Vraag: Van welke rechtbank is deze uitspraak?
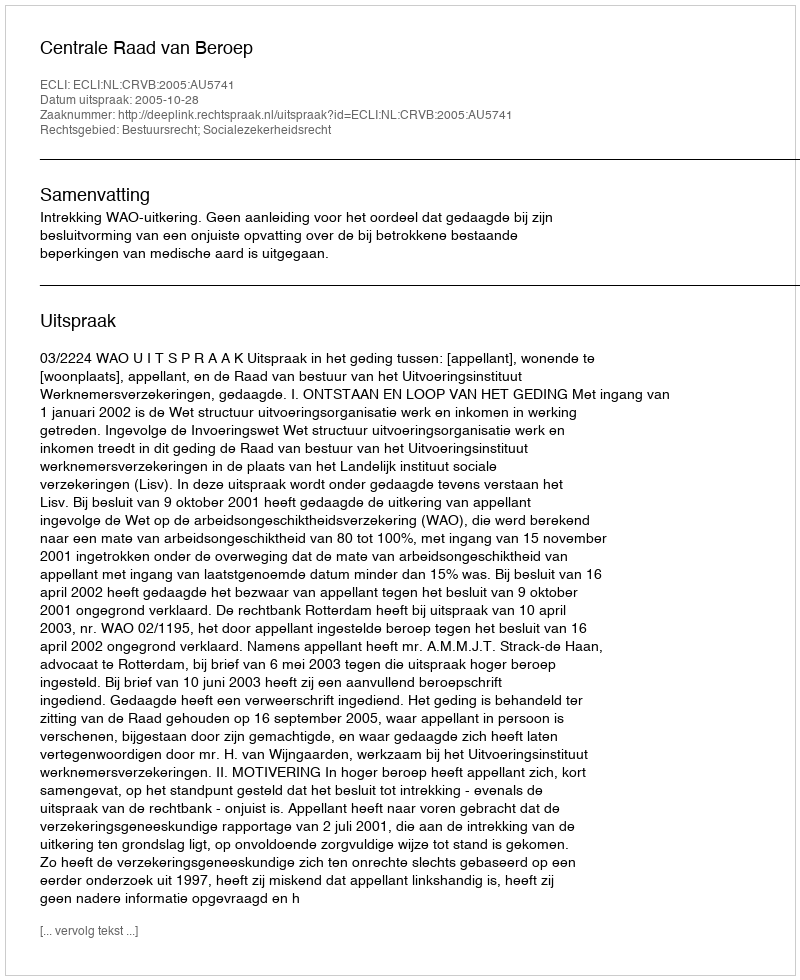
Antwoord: Centrale Raad van Beroep